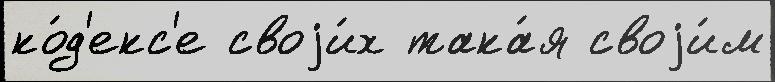
ко́д'екс'е своjи́х така́я своjи́м